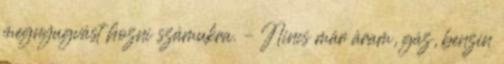
megnyugvást hozni számukra. – Nincs már áram, gáz, benzin